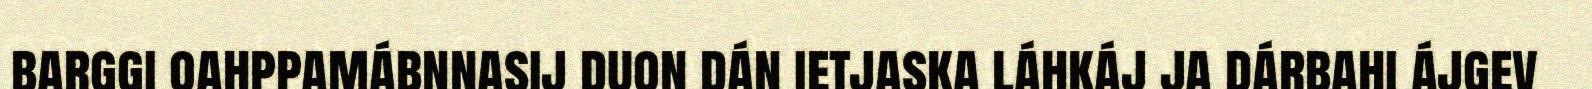
barggi oahppamábnnasij duon dán ietjaska láhkáj ja dárbahi ájgev